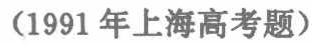
（1991年上海高考题）